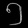
Digit: ၅